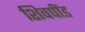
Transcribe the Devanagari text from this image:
शिवपींड